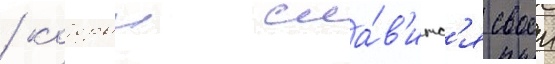
/ которыи сла́в'итс'я своеи